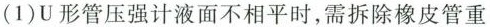
(1)U形管压强计液面不相平时，需拆除橡皮管重